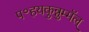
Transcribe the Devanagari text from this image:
प॰हयकुन्नुम्मॅल्